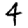
Digit: 4